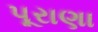
પૂરાણા